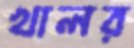
খালর